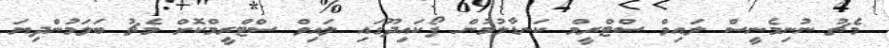
މެޗު ނުނިމެނީސް ލައިވް ސްޓްރީމް ކަނޑާލުމުން ފޯކައިދޫގައި ލައިވް ސްޓްރީމްކޮށް މެޗު ބަލަމުންދިޔަ